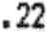
.22